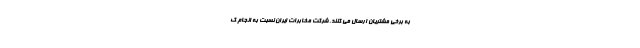
به برخی مشتریان ارسال می کنند، شرکت مخابرات ایران نسبت به انجام ک